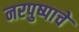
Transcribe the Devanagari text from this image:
नरपुष्पाचे